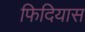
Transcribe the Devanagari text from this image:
फिदियास